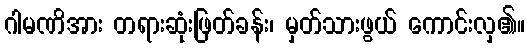
ဂါမဏိအား တရားဆုံးဖြတ်ခန်း၊ မှတ်သားဖွယ် ကောင်းလှ၏။